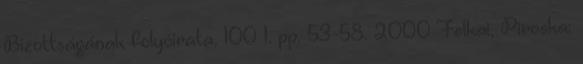
Bizottságának folyóirata, 100 1. pp. 53-58. 2000 Felkai, Piroska: